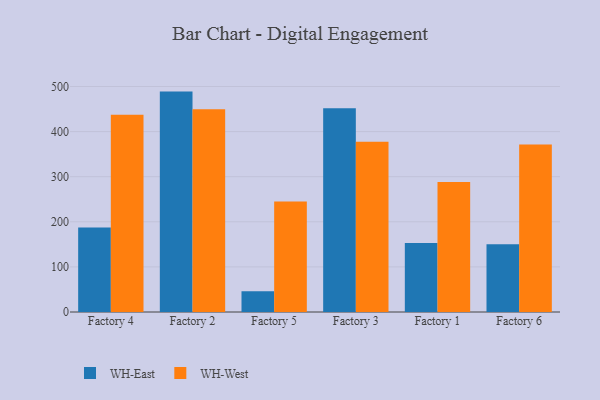
{"axis": {"x": "Factory", "y": "Shipments"}, "legend": ["WH-East", "WH-West"], "data": [{"x": "Factory 4", "y": 187.5, "type": "WH-East"}, {"x": "Factory 4", "y": 437.6, "type": "WH-West"}, {"x": "Factory 2", "y": 488.7, "type": "WH-East"}, {"x": "Factory 2", "y": 449.8, "type": "WH-West"}, {"x": "Factory 5", "y": 45.9, "type": "WH-East"}, {"x": "Factory 5", "y": 245.0, "type": "WH-West"}, {"x": "Factory 3", "y": 451.9, "type": "WH-East"}, {"x": "Factory 3", "y": 377.6, "type": "WH-West"}, {"x": "Factory 1", "y": 152.9, "type": "WH-East"}, {"x": "Factory 1", "y": 288.1, "type": "WH-West"}, {"x": "Factory 6", "y": 150.0, "type": "WH-East"}, {"x": "Factory 6", "y": 371.6, "type": "WH-West"}]}